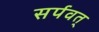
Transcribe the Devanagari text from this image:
सर्पवत्